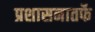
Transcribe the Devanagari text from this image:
प्रशासनातर्फे